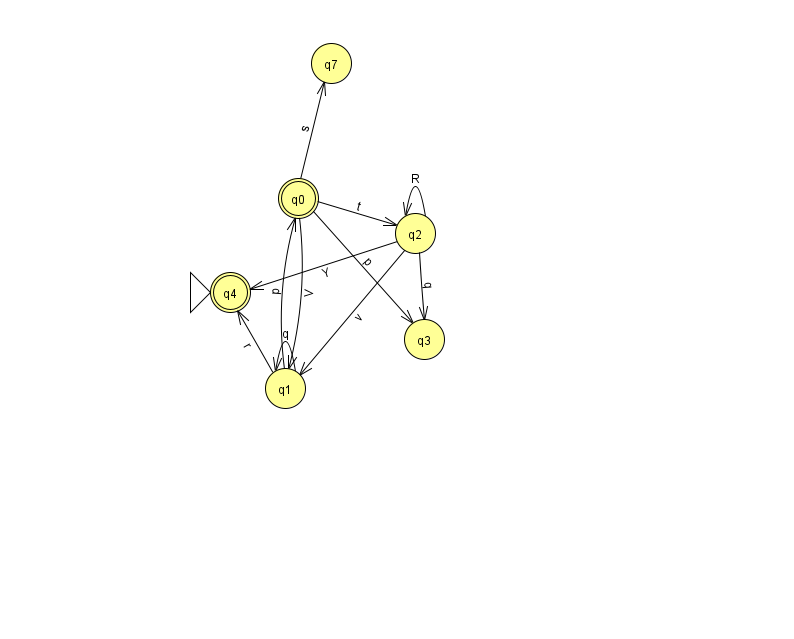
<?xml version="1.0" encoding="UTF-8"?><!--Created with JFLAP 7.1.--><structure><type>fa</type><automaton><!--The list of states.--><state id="0" name="q0"><x>298.0</x><y>185.0</y><final/></state><state id="1" name="q1"><x>285.0</x><y>375.0</y></state><state id="2" name="q2"><x>415.0</x><y>220.0</y></state><state id="3" name="q3"><x>424.0</x><y>326.0</y></state><state id="4" name="q4"><x>230.0</x><y>279.0</y><initial/><final/></state><state id="7" name="q7"><x>331.0</x><y>50.0</y></state><!--The list of transitions.--><transition><from>2</from><to>4</to><read>Y</read></transition><transition><from>1</from><to>1</to><read>q</read></transition><transition><from>2</from><to>2</to><read>R</read></transition><transition><from>1</from><to>0</to><read>p</read></transition><transition><from>0</from><to>3</to><read>p</read></transition><transition><from>2</from><to>1</to><read>v</read></transition><transition><from>2</from><to>3</to><read>q</read></transition><transition><from>0</from><to>1</to><read>V</read></transition><transition><from>0</from><to>2</to><read>t</read></transition><transition><from>1</from><to>4</to><read>r</read></transition><transition><from>0</from><to>7</to><read>s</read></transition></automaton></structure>